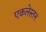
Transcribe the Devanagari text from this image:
एकलेस्तन